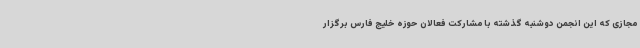
مجازی که این انجمن دوشنبه گذشته با مشارکت فعالان حوزه خلیج فارس برگزار